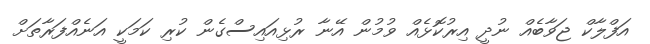
އަފްލާކް ޖަވާބެއް ނުދީ އިރުކޮޅެއް ވުމުން އޭނާ ރުޅިއައިސްގެން ކުރި ކަމަކީ އަނެއްފަރާތަށް